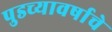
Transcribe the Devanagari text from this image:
पुडच्यावर्षाचे